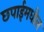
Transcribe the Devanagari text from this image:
छपाईमधील